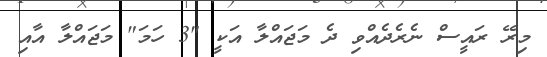
މިރޭ ރައީސް ނެރެދެއްވި ދެ މަޖައްލާ އަކީ "3 ހަމަ" މަޖައްލާ އާއި